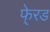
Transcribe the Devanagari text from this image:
फे्रड